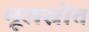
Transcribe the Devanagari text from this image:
मूलस्रोत